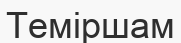
Теміршам